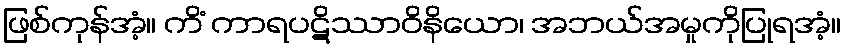
ဖြစ်ကုန်အံ့။ ကိံ ကာရပဋိဿာဝိနိယော၊ အဘယ်အမှုကိုပြုရအံ့။